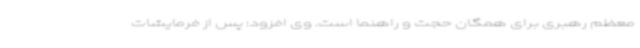
معظم رهبری برای همگان حجت و راهنما است. وی افزود: پس از فرمایشات